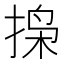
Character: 𫽐